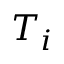
T _ { i }